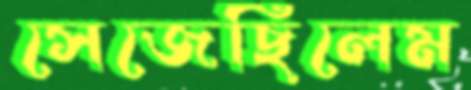
সেজেছিলেম